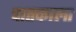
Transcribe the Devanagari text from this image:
चातकाला